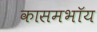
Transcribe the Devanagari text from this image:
कासमभॉय